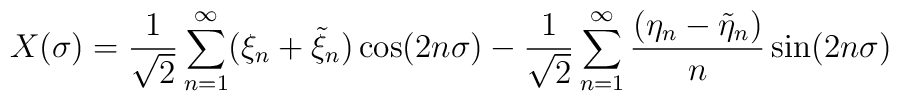
X(\sigma) = {1\over \sqrt{2}} \sum_{n=1}^\infty (\xi_n + \tilde \xi_n) \cos(2n\sigma) - {1\over \sqrt{2}} \sum_{n=1}^\infty {(\eta_n - \tilde \eta_n)\over n}  \sin(2n\sigma)